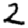
Digit: 2